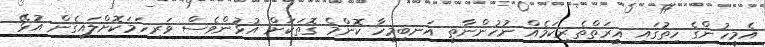
އެމީހުންގެ ހިތުގައި ޣީރަތްތެރިކަމެއް ނުހުންނާތީ އަނބިމީހާ ކޮންމެ ގޮތަކަށް އުޅުންވެސް ވަރިހަމަކޮށްލައިގެން އުޅޭ